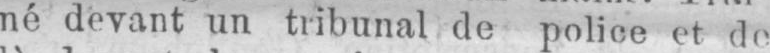
né devant un tribunal de police et de